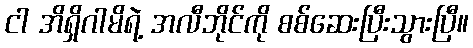
ငါ အိရှိဂါမိရဲ့ အလီဘိုင်ကို စစ်ဆေးပြီးသွားပြီ။